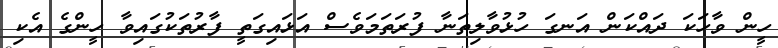
ހީން ވާހަކަ ދައްކަން އަނގަ ހުޅުވާލިތަނާ ފުރަތަމަވެސް އަޅައިގަތީ ފާރުތަކުގައިވާ ހީންގެ އެކި